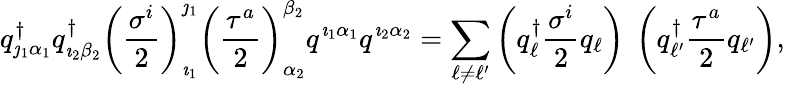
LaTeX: q_{\jmath_{1}\alpha_{1}}^{\dagger}q_{\imath_{2}\beta_{2}}^{\dagger}\left({\frac{\sigma^{i}}{2}}\right)_{\imath_{1}}^{\jmath_{1}}\left({\frac{\tau^{a}}{2}}\right)_{\alpha_{2}}^{\beta_{2}}q^{\imath_{1}\alpha_{1}}q^{\imath_{2}\alpha_{2}}=\sum_{\ell\neq\ell^{\prime}}\left(q_{\ell}^{\dagger}{\frac{\sigma^{i}}{2}}q_{\ell}\right)\ \left(q_{\ell^{\prime}}^{\dagger}{\frac{\tau^{a}}{2}}q_{\ell^{\prime}}\right),